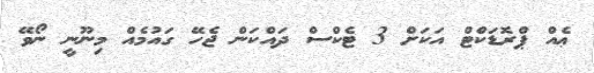
ޢެއް ޕްރޮޑަކްޓް އަކަށް 3 ޓެކްސް ދައްކަން ޖެހޭ ގައުމެއް މިނޫނީ ނޯވޭ